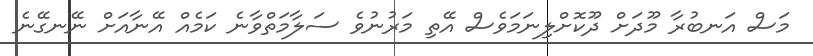
މަސް އަނބުރާ މޫދަށް ދޫކޮށްލިނަމަވެސް އޭތި މަރުނުވެ ސަލާމަތްވާނެ ކަމެއް އޭނާއަށް ނޭނގޭނެ